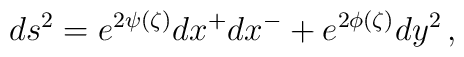
ds^2 = e^{2\psi(\zeta)} dx^+ dx^- + e^{2\phi(\zeta)}dy^2\,,